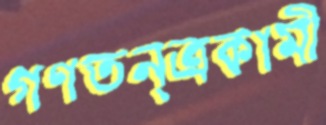
গণতন্ত্রকামী